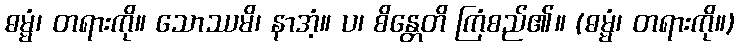
ဓမ္မံ၊ တရားကို။ သောဿမိ၊ နာအံ့။ ပ၊ စိန္တေတိ ကြံစည်၏။ (ဓမ္မံ၊ တရားကို။)